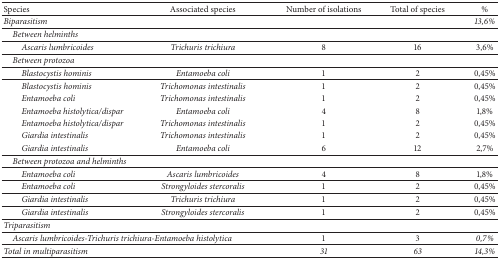
| Species | Associated species | Number of isolations | Total of species | % |
 | --- | --- | --- | --- | --- |
 | <COLSPAN=4> Biparasitism | 13,6 % |
 | <COLSPAN=4> Between helminths |  |
 | Ascaris lumbricoides | Trichuris trichiura | 8 | 16 | 3,6% |
 | <COLSPAN=4> Between protozoa |  |
 | Blastocystis hominis | Entamoeba coli | 1 | 2 | 0,45% |
 | Blastocystis hominis | Trichomonas intestinalis | 1 | 2 | 0,45% |
 | Entamoeba coli | Trichomonas intestinalis | 1 | 2 | 0,45% |
 | Entamoeba histolytica/dispar | Entamoeba coli | 4 | 8 | 1,8% |
 | Entamoeba histolytica/dispar | Trichomonas intestinalis | 1 | 2 | 0,45% |
 | Giardia intestinalis | Trichomonas intestinalis | 1 | 2 | 0,45% |
 | Giardia intestinalis | Entamoeba coli | 6 | 12 | 2,7% |
 | <COLSPAN=4> Between protozoa and helminths |  |
 | Entamoeba coli | Ascaris lumbricoides | 4 | 8 | 1,8% |
 | Entamoeba coli | Strongyloides stercoralis | 1 | 2 | 0,45% |
 | Giardia intestinalis | Trichuris trichiura | 1 | 2 | 0,45% |
 | Giardia intestinalis | Strongyloides stercoralis | 1 | 2 | 0,45% |
 | Triparasitism |  |  |  |  |
 | <COLSPAN=2> Ascaris lumbricoides-Trichuris trichiura-Entamoeba histolytica | 1 | 3 | 0,7 % |
 | <COLSPAN=2> Total in multiparasitism | 31 | 63 | 14,3 % |